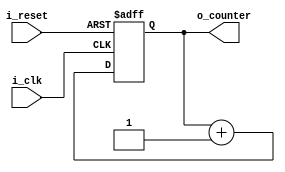
`timescale 1ns / 1ps

module Counter(
    input i_clk,
    input i_reset,
    output [7:0] o_counter
    );

    reg [7:0] r_counter = 0;
    assign o_counter = r_counter;

    always @(posedge i_clk or posedge i_reset) begin
        if (i_reset)
            r_counter <= 0;
        else begin
            // overflow -> return to 0
            r_counter <= r_counter + 1;
        end
    end
endmodule